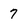
Character: 7